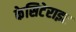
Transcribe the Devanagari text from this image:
केसिटेराइट